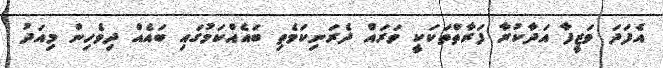
އެފަދަ ވަޒީފާ އަދާކުރާ ފަރާތްތަކަކީ ވަރައް ދެރަނިކަމެތި ބައެއްކަމުގައި ބައެއް ދިވެހިން މިއަދު